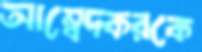
আম্বেদকরকে